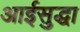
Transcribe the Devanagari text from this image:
आईसुद्धा